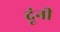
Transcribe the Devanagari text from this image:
दूंनी